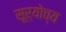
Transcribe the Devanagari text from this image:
सूर्योच्य